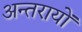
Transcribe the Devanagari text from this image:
अन्तरायों